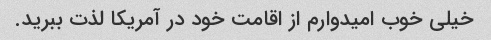
خیلی خوب امیدوارم از اقامت خود در آمریکا لذت ببرید.